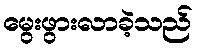
မွေးဖွားလာခဲ့သည်